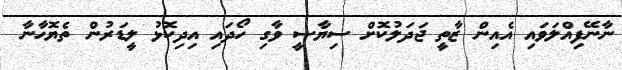
ނާނޭފިއްލަވައި އެއިން ޒާތީ ޖަދަލުކޮށް ސިޔާސީ ވާގި ހޯދައި އިދިކޮޅު ލީޑަރުން ތެޔޮހާނާ